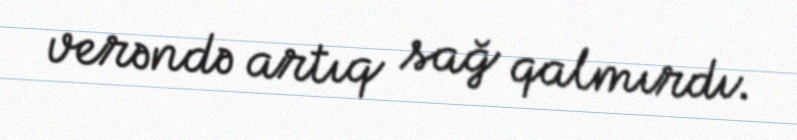
verəndə artıq sağ qalmırdı.